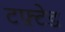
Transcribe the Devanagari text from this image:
टफ़्टेड